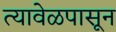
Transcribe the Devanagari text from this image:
त्यावेळपासून